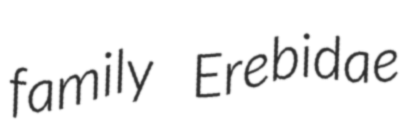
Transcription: family Erebidae